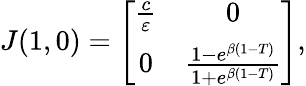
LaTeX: \begin{array}{r}{J(1,0)=\left[{\begin{array}{cc}{\frac{c}{\varepsilon}}&{0}\\ {0}&{\frac{1-e^{\beta(1-T)}}{1+e^{\beta(1-T)}}}\end{array}}\right],}\end{array}